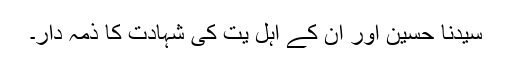
سیّدنا حسینؓ اور ان کے اہل یت کی شہادت کا ذمہ دار۔